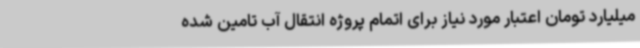
میلیارد تومان اعتبار مورد نیاز برای اتمام پروژه انتقال آب تامین شده